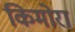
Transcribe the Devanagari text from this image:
किमोरा